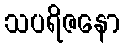
သပရိဇနော